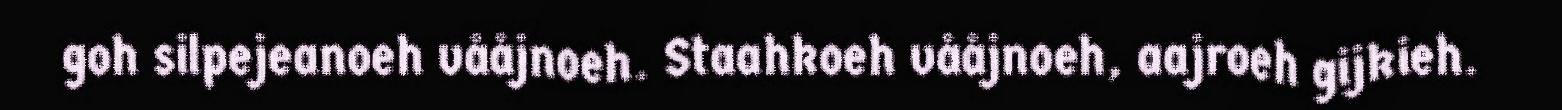
goh silpejeanoeh vååjnoeh. Staahkoeh vååjnoeh, aajroeh gijkieh.